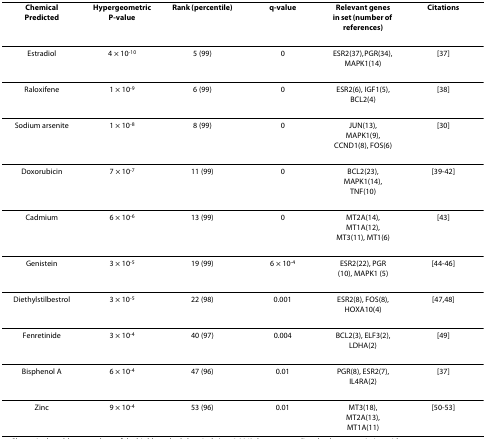
| Chemical Predicted | Hypergeometric P-value | Rank (percentile) | q-value | Relevant genes in set (number of references) | Citations |
 | --- | --- | --- | --- | --- | --- |
 | Estradiol | 4 × 10-10 | 5 (99) | 0 | ESR2(37), PGR(34), MAPK1(14) | [37] |
 | Raloxifene | 1 × 10-9 | 6 (99) | 0 | ESR2(6), IGF1(5), BCL2(4) | [38] |
 | Sodium arsenite | 1 × 10-8 | 8 (99) | 0 | JUN(13), MAPK1(9), CCND1(8), FOS(6) | [30] |
 | Doxorubicin | 7 × 10-7 | 11 (99) | 0 | BCL2(23), MAPK1(14), TNF(10) | [39-42] |
 | Cadmium | 6 × 10-6 | 13 (99) | 0 | MT2A(14), MT1A(12), MT3(11), MT1(6) | [43] |
 | Genistein | 3 × 10-5 | 19 (99) | 6 × 10-4 | ESR2(22), PGR (10), MAPK1 (5) | [44-46] |
 | Diethylstilbestrol | 3 × 10-5 | 22 (98) | 0.001 | ESR2(8), FOS(8), HOXA10(4) | [47,48] |
 | Fenretinide | 3 × 10-4 | 40 (97) | 0.004 | BCL2(3), ELF3(2), LDHA(2) | [49] |
 | Bisphenol A | 6 × 10-4 | 47 (96) | 0.01 | PGR(8), ESR2(7), IL4RA(2) | [37] |
 | Zinc | 9 × 10-4 | 53 (96) | 0.01 | MT3(18), MT2A(13), MT1A(11) | [50-53] |